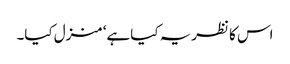
اس کا نظریہ کیا ہے‘ منزل کیا۔